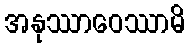
အနုဿာဝေဿာမိ